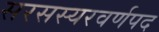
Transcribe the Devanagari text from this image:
सरसस्यरवर्णपद